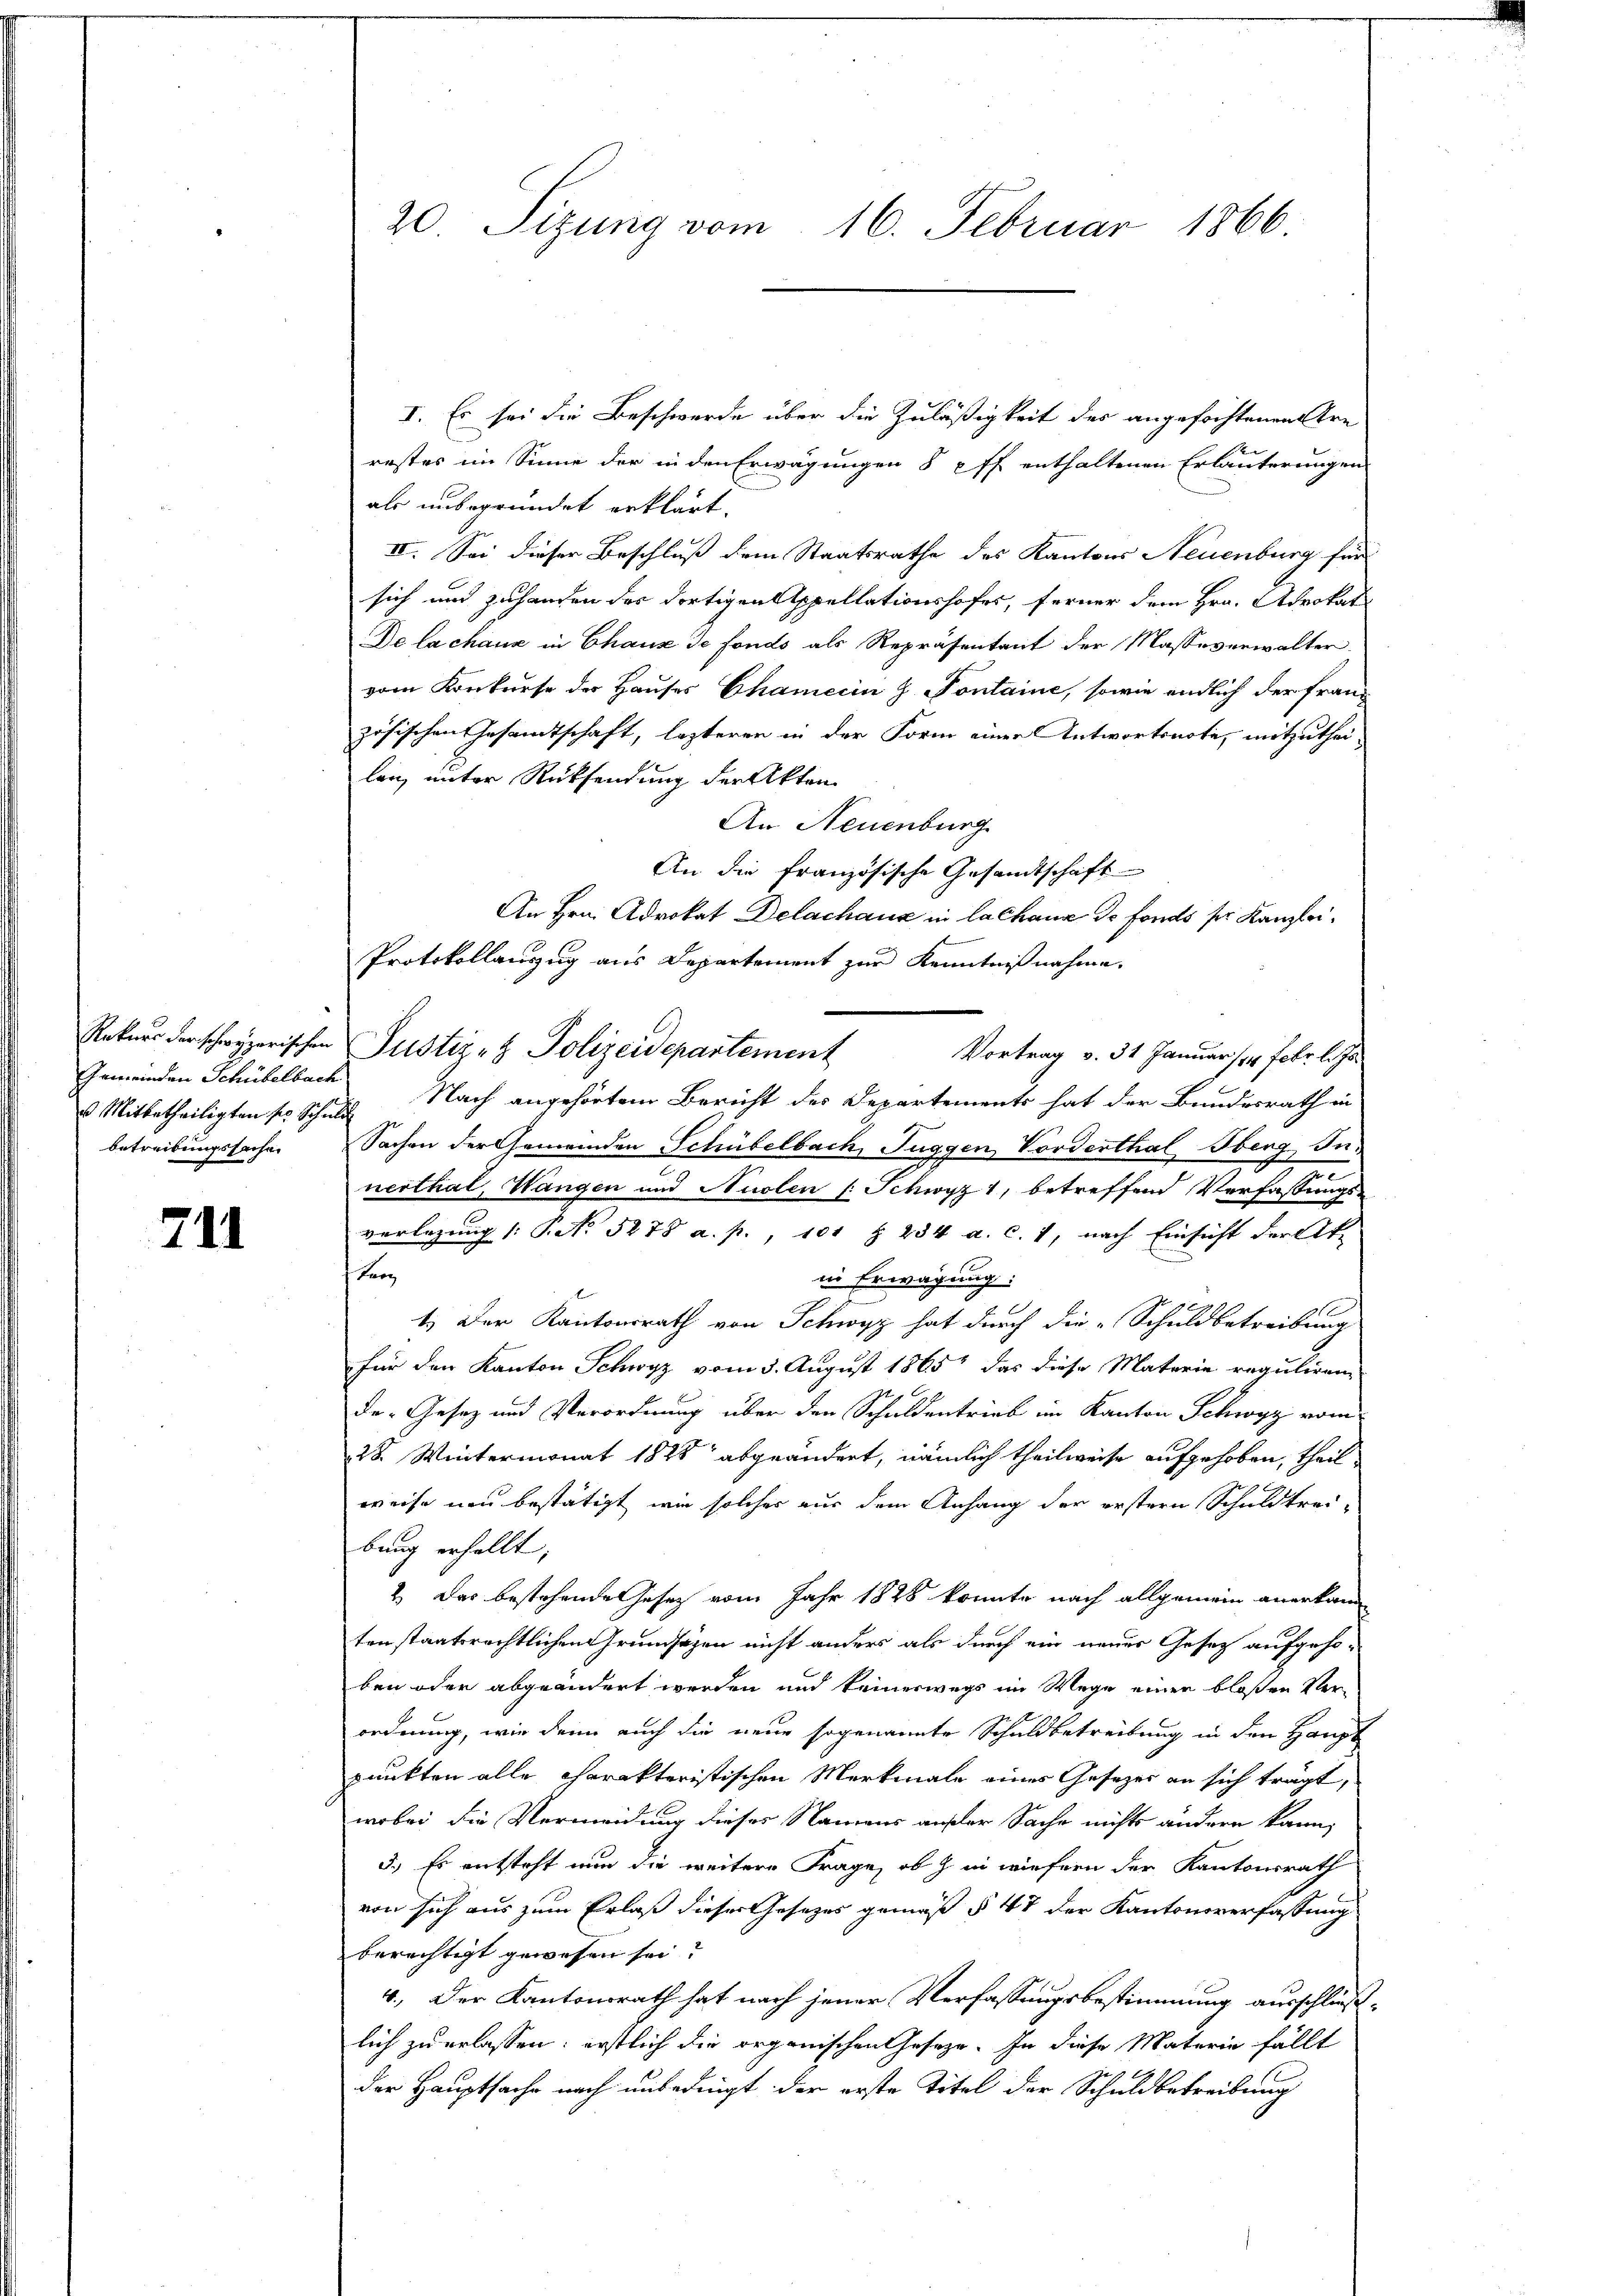
Gemeinden Schübelbach
 Mitbetheiligten sie Schuld
betreibungssache

711

I. Es sei die Beschwerde über die Zuläßigkeit des angefochtenen re
restes im Sinne der in den Erwägungen 8 ff. enthaltenen Erläuterungen
als unbegründet erklärt.
IV. Sei dieser Beschluß dem Staatsrathe des Kantons Neuenburg für
sich und zuhanden des dortigen Appellationshofes, ferner dem Hrn. Advokat
De lachanz in Chaux de fondo als Repräsentant der Masseverwalter
vom Konkurse der Hauses Chamerin z. Pontaine, sowie endlich der Französischen Gesamtschaft, lezteren in der Form einer Antwortsnote, mitzuthei-
lang unter Rücksendung der Akten
An Neuenburg
An die französische Gesandtschaft
An Hrn. Advokat Delachaus in la chana de fonds ser Kanzlei¬
Protokollanzug aus Departement zur Kenntnißnahme.
Rekurs der schwyzerischen Justiz- & Polizeidepartement
Vortrag v. 31 Januar 184 Febr. l. Js.
Nach angehörtem Bericht des Departements hat der Bundesrath in
Sachen der Gemeinden Schübelbach, Fuggen Vorderthal Oberg, Ju-
nerthal, Wangen und Nudlen (: Schwyz 1, betreffend Verfassungs-
verlegung (: P. Nr. 5278 a. p., 101 § 234 a. c. 1, nach Einsicht der Ak-
Berg
in Erwägung:
3
1.) Der Kantonsrath von Schwyz hat durch die „Schuldbetreibung
für den Kanton Schwyz vom 3. August 1865 das diese Materie reguliren-
Der Gesetz und Verordnung über den Schuldentrieb im Kanton Schwyz vom
28. Wintermonat 1828 abgeändert, nämlich theilweise aufgehoben, theil
weise neu bestätigt, wie solcher aus dem Anhang der erstern Schuldtrei-
bung erhellt,
2.) Das bestehende Gesetz vom Jahr 1828 konnte nach allgemein anerkann
tenstaatsrechtlichen Grundsätzen nicht anders als durch ein neuer Gesetz aufgeho-
ben oder abgeändert werden und keineswegs im Wege einer bloßen Verordnung, wie denn auch die neue sogenannte Schuldbetreibung in den Haupt
punkten alle charakteristischen Merkmale eines Gesetzes an sich trägt,
wobei die Vermordung dieses Namens außer Sache nichts ändern kann,
5.) Es entsteht nun die weitere Frage, ob & in wiefern der Kantonsrath
von sich aus zum Erlaß dieser Gesetzes gemäß § 47 der Kantonsverfassung
berechtigt gewesen sei?
4.) Der Kantonsrath hat nach jener Verfassungsbestimmung ausschluß-
lich zu erlassen: erstlich die organischen Gesetze. In diese Materie fällt
der Hauptsache nach unbedingt der erste Titel der Schuldbetreibung

20 Sizung vom 16. Februar 1866